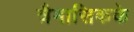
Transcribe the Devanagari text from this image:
त्रैमासिकके